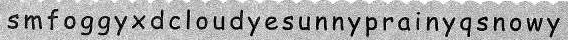
s m f o g g y × d c l o u d y e s u n n y p r a i n y q s n o w y